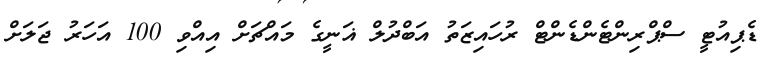
ޑެޕިއުޓީ ސްޕްރިންޓެންޑެންޓް ރުހައިޒަތު އަބްދުލް ޣަނީގެ މައްޗަށް އިއްވި 100 އަހަރު ޖަލަށް